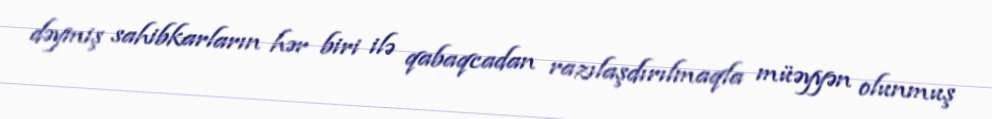
dəymiş sahibkarların hər biri ilə qabaqcadan razılaşdırılmaqla müəyyən olunmuş